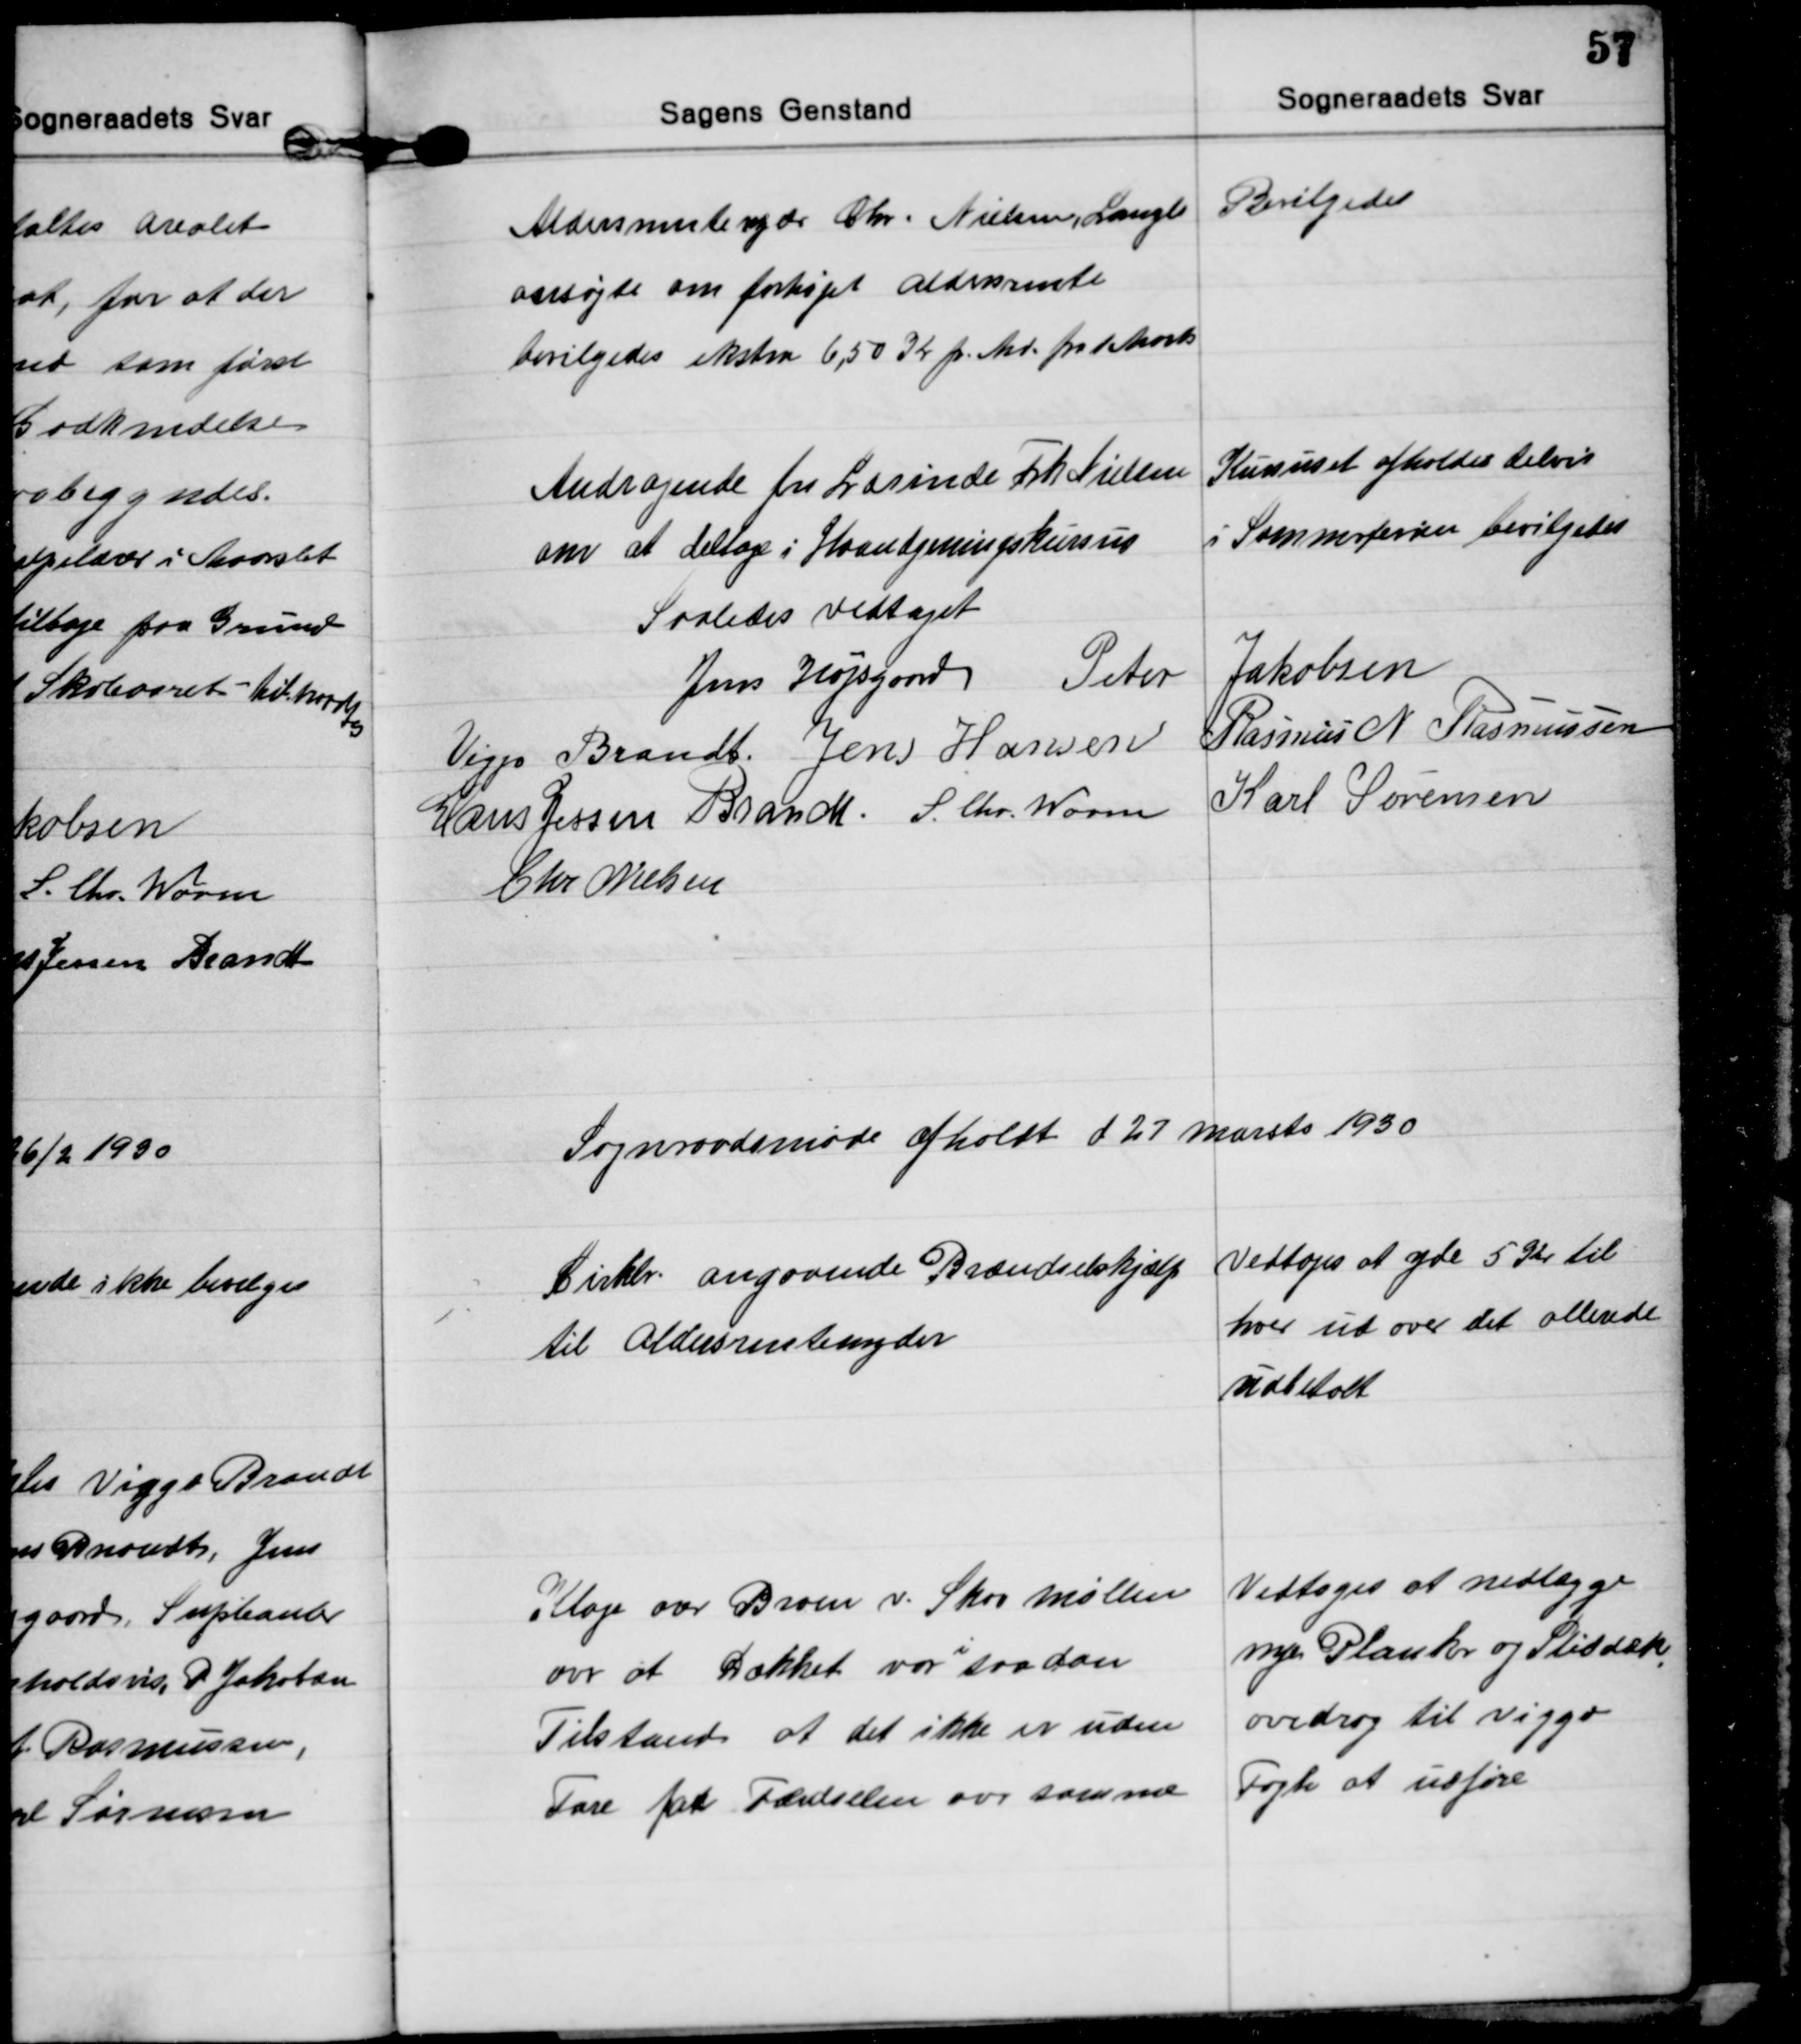
Transskription:
Aldersrentenyder Chr. Nielsen, Langb.
ansøgte om forhøjet aldersrente
bevilgedes ekstra 6,50 Kr pr. Md. fra 1 Marts
Bevilgedes

Andragende fra Lærinde Frk. Nielsen
om at deltage i Haandgerningskursus
Kursuset afholdes delvis
i Sommerferien bevilgedes

Saaledes vedtaget
Jens Højsgard Peter Jakobsen
Viggo Brandt Jens Hansen Rasmus N. Rasmussen
Hans Jessen Brandt S. Chr. Worm Karl Sørensen
Chr Nielsen

Sognraadsmøde afholdt d 27 marsts 1930

Cirklr. angaaende Brændselshjælp
til Aldersrentenyder
Vedtoges at yde 5 Kr til
hver ud over det allerede
udbetalt

Klage over Broen v. Skov møllen
over at Dækket var 
i
saadan
Tilstand at det ikke er uden
Fare for Færdselen over samme
Vedtoges at nedlægge
nye Planker og Sliddæk
overdrog til Viggo
Fogh at udføre